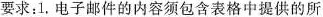
要求：1.电子邮件的内容须包含表格中提供的所